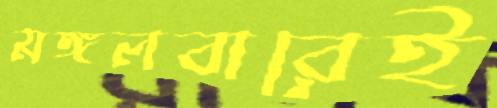
মঙ্গলবারেই